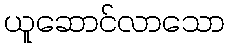
ယူဆောင်လာသော